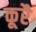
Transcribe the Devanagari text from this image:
कूरै